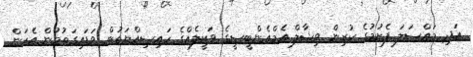
އަދި މައްސަލަ ފެށުމުގެ ކުރިން ވިޝާލް އެމްއެންބީސީގެ ވަކީލެއްގެ ހައިސިއްޔަތުން ވަޑައިގަތުމުން އެކަން